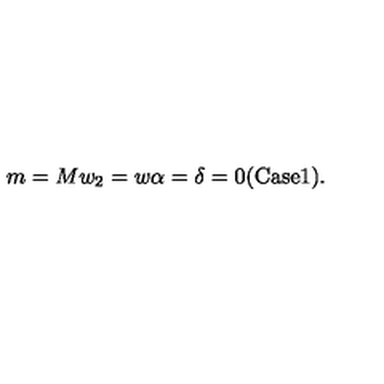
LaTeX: m = M w _ { 2 } = w \alpha = \delta = 0 { \mathrm { ( C a s e } } { \mathrm { 1 ) } } .